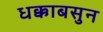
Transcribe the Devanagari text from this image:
धक्काबसुन